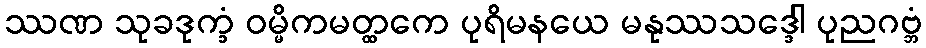
ဿဏ သုခဒုက္ခံ ဝမ္မိကမတ္ထကေ ပုရိမနယေ မနုဿသဒ္ဒေါ ပုညဂဗ္ဘံ